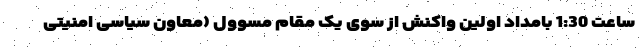
ساعت 1:30 بامداد اولین واکنش از سوی یک مقام مسوول (معاون سیاسی امنیتی